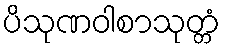
ပိသုဏဝါစာသုတ္တံ